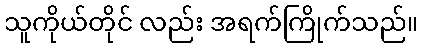
သူကိုယ်တိုင် လည်း အရက်ကြိုက်သည်။